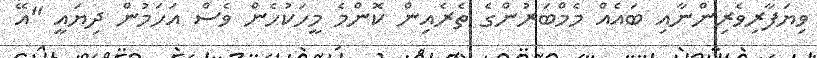
ވިޔަފާރިވެރިންނާއި ބައެއް މެމްބަރުންގެ ތެރެއިން ކޮންމެ މީހަކުހެން ވެސް އަހަމުން ދިޔައީ "އޭ